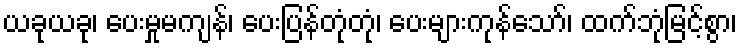
ယခုယခု၊ ပေးမှုမကျန်၊ ပေးပြန်တုံတုံ၊ ပေးများကုန်သော်၊ ထက်ဘုံမြင့်စွာ၊